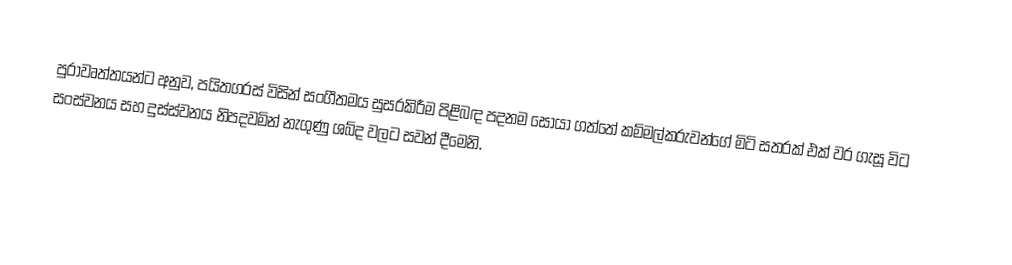
පුරාවෘත්තයන්ට අනුව, පයිතගරස් විසින් සංගීතමය සුසරකිරීම පිළිබඳ පදනම සොයා ගත්තේ කම්මල්කරුවන්ගේ මිටි සතරක් එක් වර ගැසූ විට සංස්වනය සහ  දුස්ස්වනය නිපදවමින් නැගුණු ශබ්ද වලට සවන් දීමෙනි.